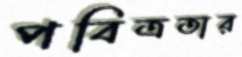
পবিত্রতার